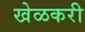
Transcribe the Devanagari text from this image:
खेळकरी